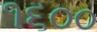
૧૬૦૦